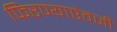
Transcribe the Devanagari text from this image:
फिरण्याऐवजी